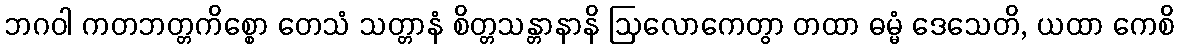
ဘဂဝါ ကတဘတ္တကိစ္စော တေသံ သတ္တာနံ စိတ္တသန္တာနာနိ ဩလောကေတွာ တထာ ဓမ္မံ ဒေသေတိ, ယထာ ကေစိ